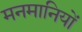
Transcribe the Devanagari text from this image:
मनमानियों